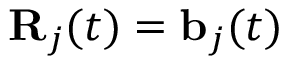
{ \bf R } _ { j } ( t ) = { \bf b } _ { j } ( t )